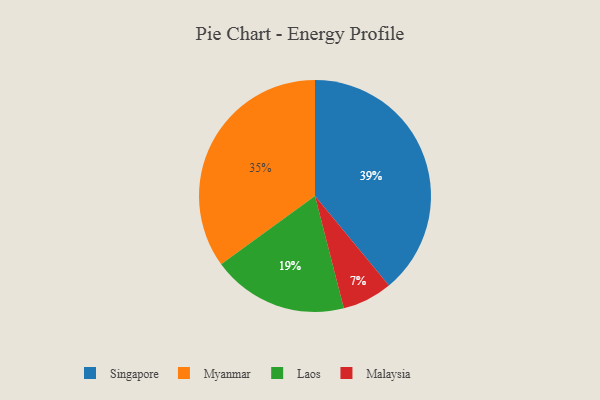
{"axis": {"x": "Category", "y": "Percentage"}, "legend": ["Laos", "Malaysia", "Myanmar", "Singapore"], "data": [{"x": "Myanmar", "y": 35, "type": "Myanmar"}, {"x": "Laos", "y": 19, "type": "Laos"}, {"x": "Singapore", "y": 39, "type": "Singapore"}, {"x": "Malaysia", "y": 7, "type": "Malaysia"}]}